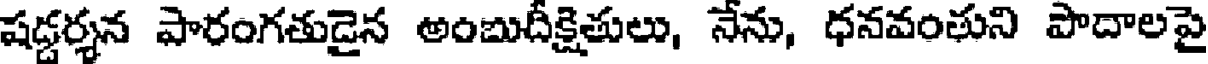
షడ్డర్శన పారంగతుడైన అంబుదీక్షితులు, నేను, ధనవంతుని పాదాలపై